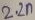
Text: 2.2n